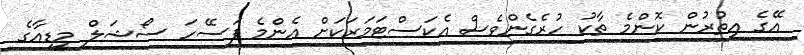
އޭގެ އިތުރުން ކޮންމެ ތާކު ހުރެގެންވެސް އެކަސްޓަމަރަކަށް އެންމެ ފަސޭހަ ސޯޝަލް މީޑިއާގެ